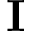
\textbf { I }